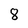
Character: 8